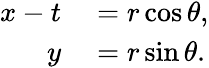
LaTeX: \begin{array}{rl}{x-t}&{{}=r\cos\theta,}\\ {y}&{{}=r\sin\theta.}\end{array}